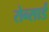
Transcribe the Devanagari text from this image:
रोन्सार्ड